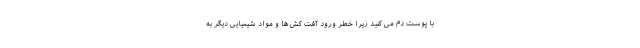
با پوست دم می کنید زیرا خطر ورود آفت کش ها و مواد شیمیایی دیگر به